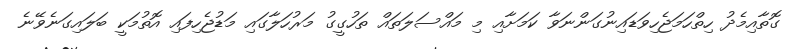
ގޮތާއިމެދު ހިތްހަމަޖެހިވަޑައިނުގަންނަވާ ކަމަށާއި މި މައްސަލަތައް ތަހުގީގު މަރުހަލާގައި މަޑުޖެހިފައި އޮތުމަކީ ބަލައިގަނެވޭނެ